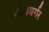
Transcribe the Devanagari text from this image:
चीजबर्गर